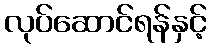
လုပ်ဆောင်ရန်နှင့်